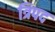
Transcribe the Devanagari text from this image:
त्रिपद